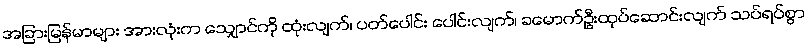
အခြားမြန်မာများ အားလုံးက သျှောင်ကို ထုံးလျက်၊ ပတ်ပေါင်း ပေါင်းလျက်၊ ခမောက်ဦးထုပ်ဆောင်းလျက် သပ်ရပ်စွာ